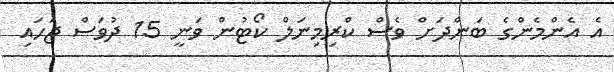
އެ އެންމެންގެ ބަންދަށް ވެސް ކްރިމިނަލް ކޯޓުން ވަނީ 15 ދުވަސް ޖަހައި